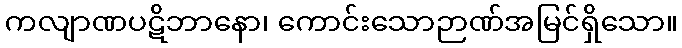
ကလျာဏပဋိဘာနော၊ ကောင်းသောဉာဏ်အမြင်ရှိသော။